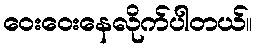
ဝေးဝေးနေလိုက်ပါတယ်။